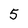
Character: 5